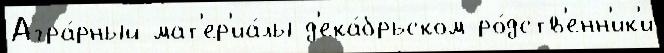
Агра́рный мат'ер'иа́лы д'ека́брьском ро́дств'енн'ик'и